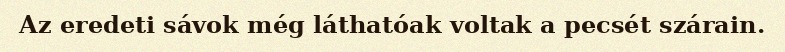
Az eredeti sávok még láthatóak voltak a pecsét szárain.